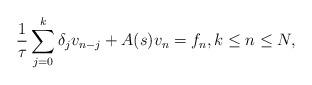
LaTeX: \begin{align*}\frac1\tau \sum_{j=0}^k \delta_j v_{n-j} + A(s) v_n = f_n,k\le n\le N ,\end{align*}